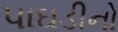
પાઘડીનો